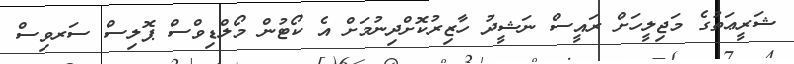
ޝަރީޢަތުގެ މަޖިލީހަށް ރައީސް ނަޝީދު ހާޒިރުކޮށްދިނުމަށް އެ ކޯޓުން މޯލްޑިވްސް ޕޮލިސް ސަރވިސް